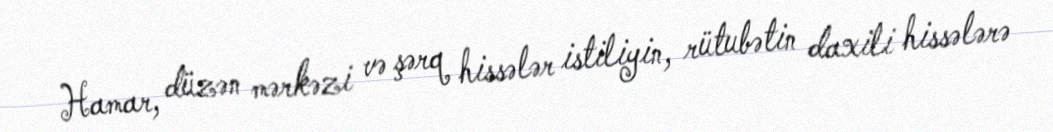
Hamar, düzən mərkəzi və şərq hissələr istiliyin, rütubətin daxili hissələrə